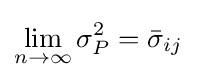
\lim _{n\rightarrow \infty }\sigma _{P}^{2}={\bar {\sigma }}_{ij}